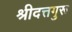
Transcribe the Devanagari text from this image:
श्रीदत्तगुरू